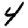
Digit: 4